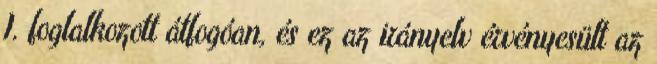
I. foglalkozott átfogóan, és ez az irányelv érvényesült az